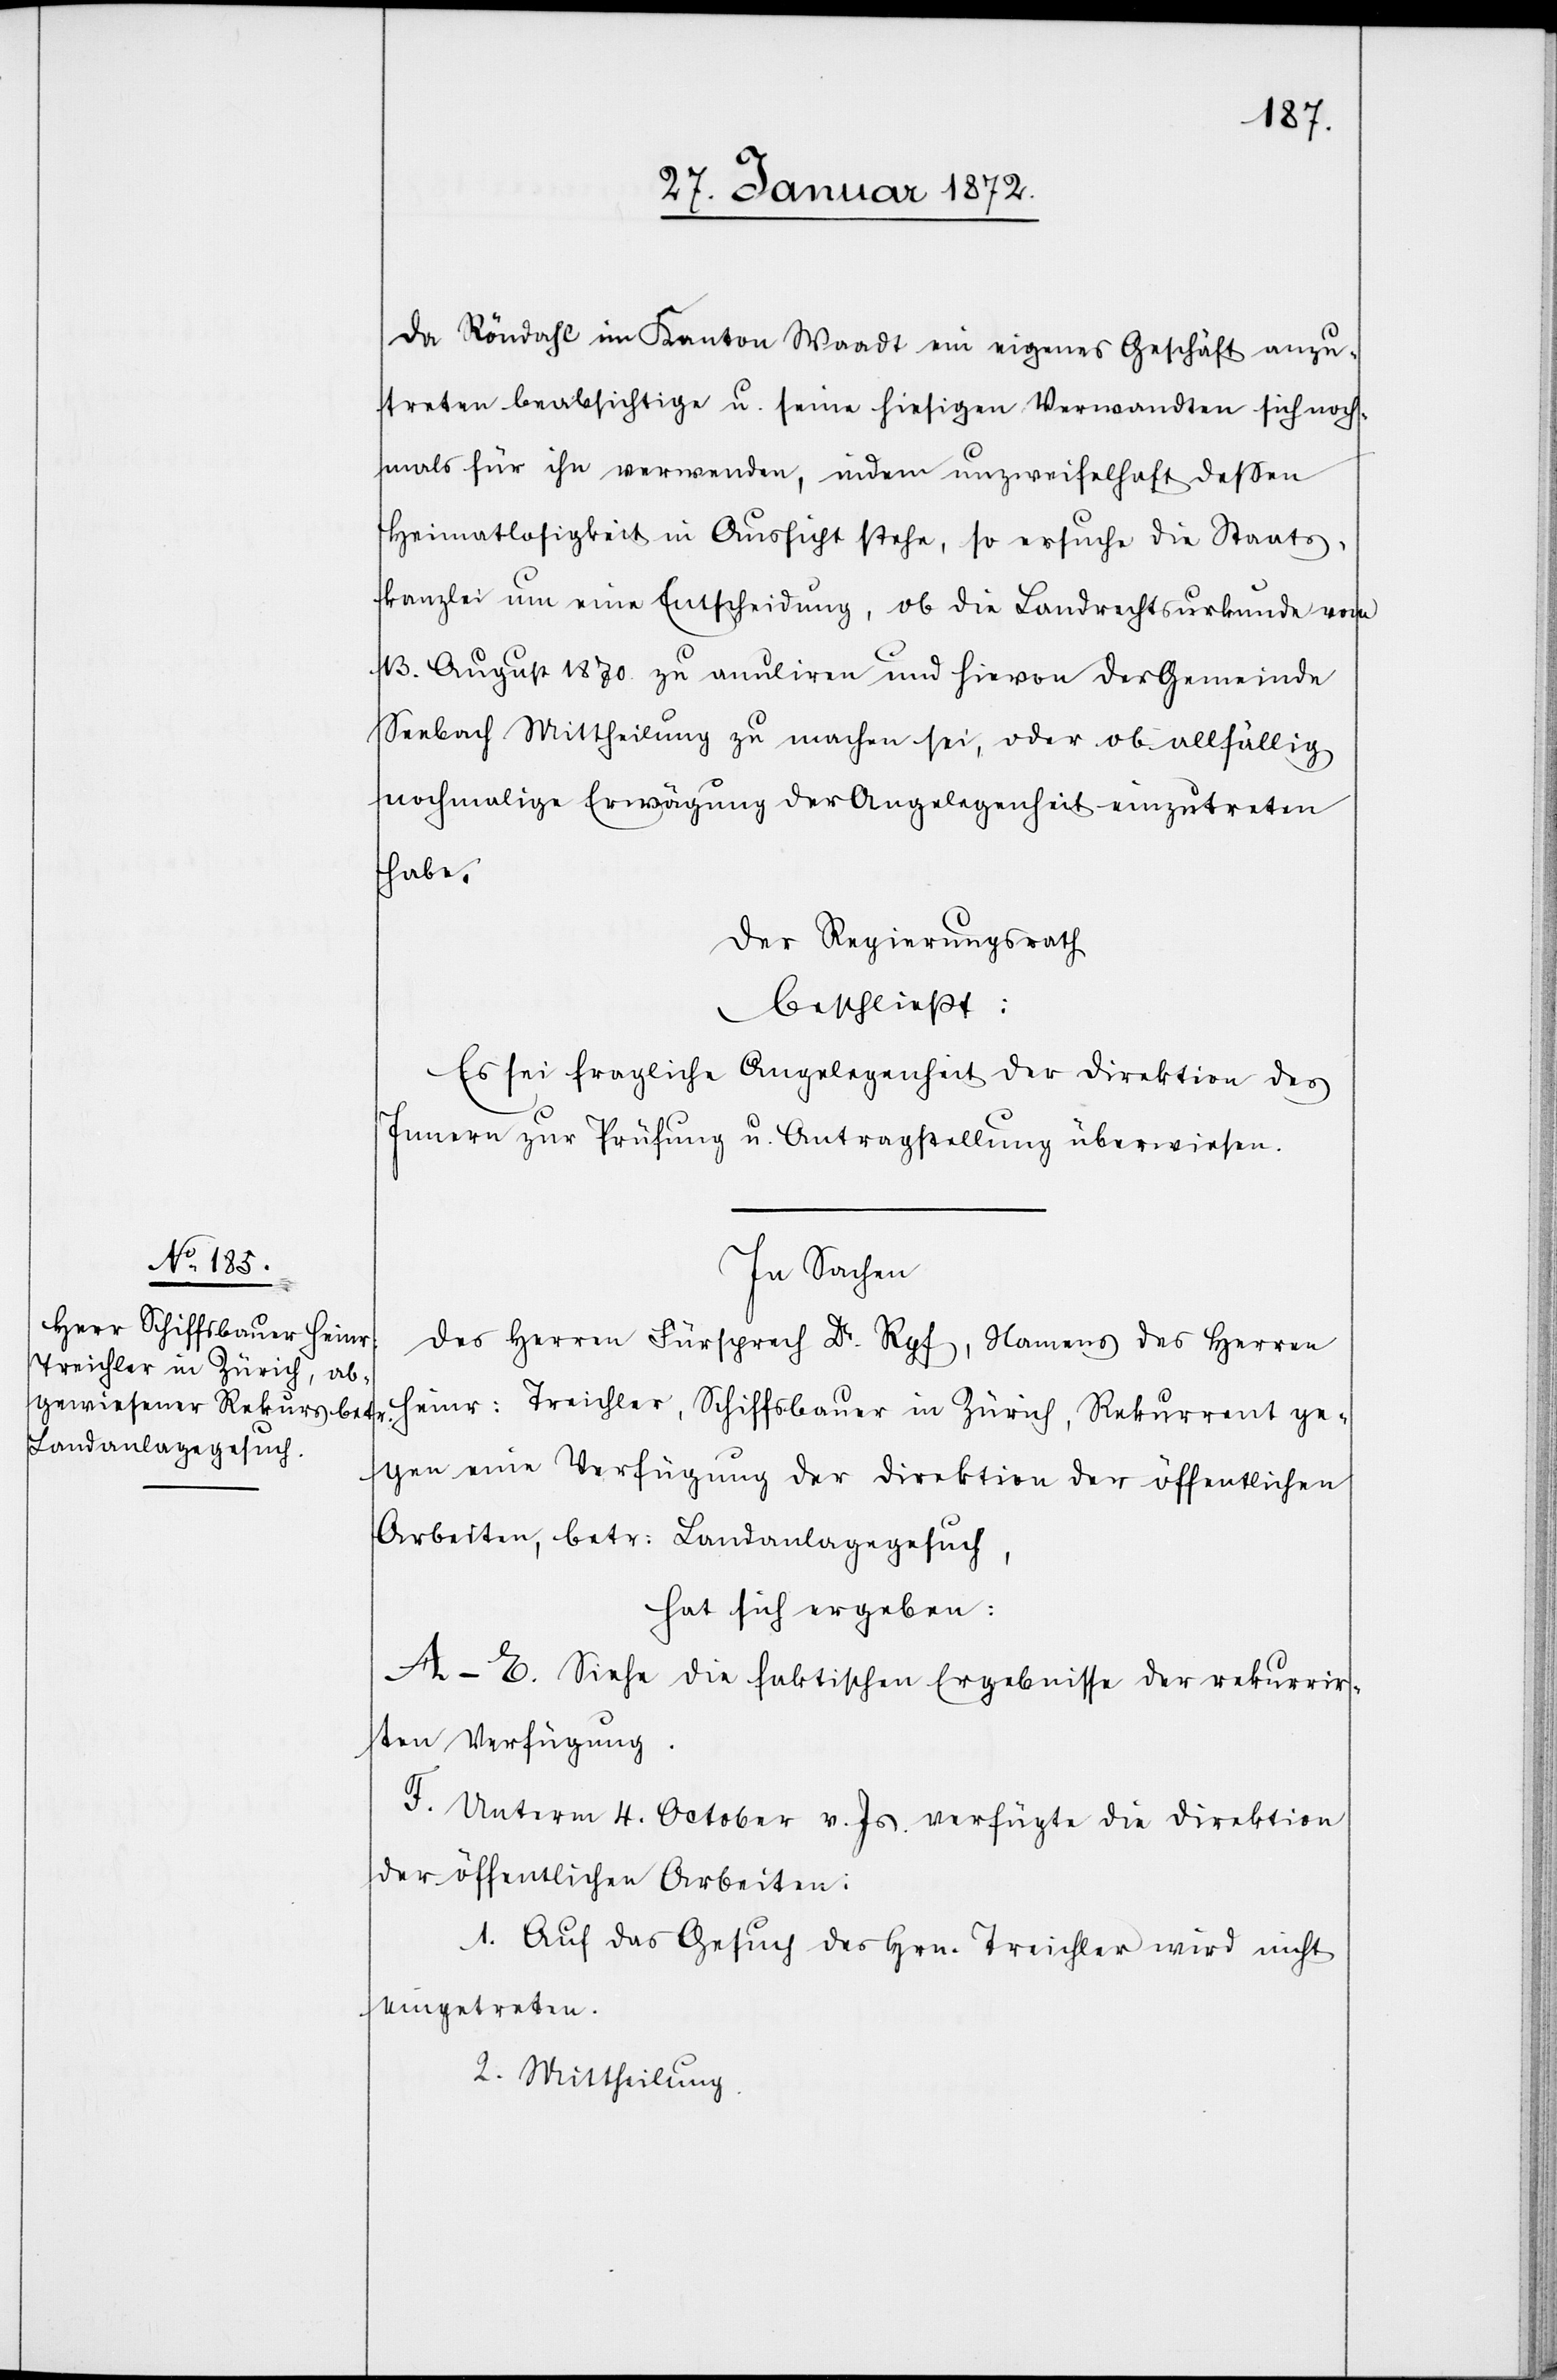
Da Röndahl im Kanton Waadt ein eigenes Geschäft anzu¬
treten beabsichtige u. seine hiesigen Verwandten sich noch¬
mals für ihn verwenden, indem unzweifelhaft dessen
Heimatlosigkeit in Aussicht stehe, so ersuche die Staats¬
kanzlei um eine Entscheidung, ob die Landrechtsurkunde vom
13. August 1870. zu anuliren und hievon der Gemeinde
Seebach Mittheilung zu machen sei, oder ob allfällig
nochmalige Erwägung der Angelegenheit einzutreten
habe.
Der Regierungsrath
beschließt:
Es sei fragliche Angelegenheit der Direktion des
Innern zur Prüfung u. Antragsstellung überwiesen.
In Sachen
des Herren Fürsprech Dr. Rgf., Namens des Herren
Heinr. Treichler, Schiffsbauer in Zürich, Rekurrent ge¬
gen eine Verfügung der Direktion der öffentlichen
Arbeiten, betr. Landanlagegesuch,
hat sich ergeben:
A–E. Siehe die faktischen Ergebnisse der rekurrir¬
ten Verfügung.
F. Unterm 4. October v. Js. verfügte die Direktion
der öffentlichen Arbeiten:
Auf das Gesuch des Hrn. Treichler wird nicht
eingetreten.
Mittheilung.